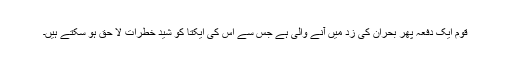
قوم ایک دفعہ پھر بحران کی زد میں آنے والی ہے جس سے اس کی ایکتا کو شید خطرات لا حق ہو سکتے ہیں۔